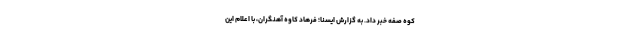
کوه صفه خبر داد. به گزارش ایسنا؛ فرهاد کاوه آهنگران، با اعلام این